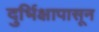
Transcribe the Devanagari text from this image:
दुर्भिक्षापासून